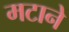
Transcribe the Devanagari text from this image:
मटाने